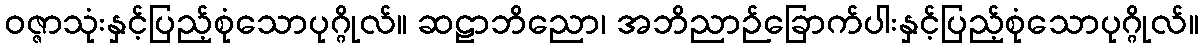
ဝဇ္ဇာသုံးနှင့်ပြည့်စုံသောပုဂ္ဂိုလ်။ ဆဠာဘိညော၊ အဘိညာဉ်ခြောက်ပါးနှင့်ပြည့်စုံသောပုဂ္ဂိုလ်။